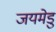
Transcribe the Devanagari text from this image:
जयमेडु